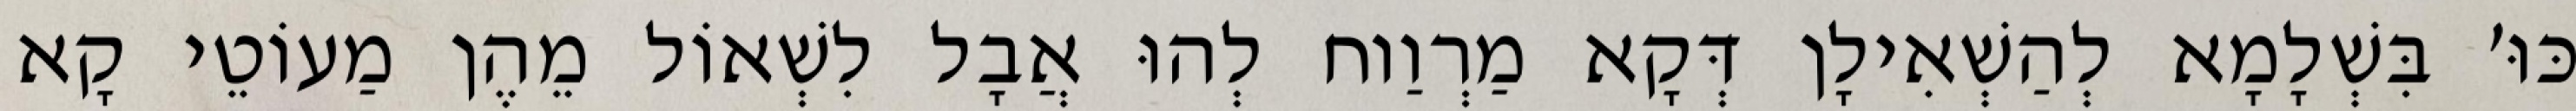
כּוּ׳ בִּשְׁלָמָא לְהַשְׁאִילָן דְּקָא מַרְוַוח לְהוּ אֲבָל לִשְׁאוֹל מֵהֶן מַעוֹטֵי קָא